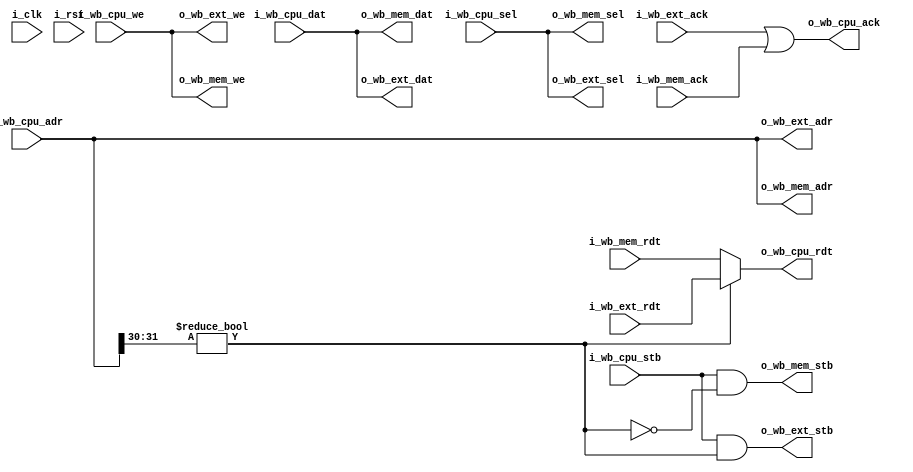
// This program was cloned from: https://github.com/olofk/tt07test
// License: Apache License 2.0

/*
 * servile_mux.v : Simple Wishbone mux for the servile convenience wrapper.
 *
 * SPDX-FileCopyrightText: 2024 Olof Kindgren <olof.kindgren@gmail.com>
 * SPDX-License-Identifier: Apache-2.0
 */

module servile_mux
  #(parameter [0:0]  sim = 1'b0, //Enable simulation features
    parameter [31:0] sim_sig_adr = 32'h80000000,
    parameter [31:0] sim_halt_adr = 32'h90000000)
   (
    input wire	       i_clk,
    input wire	       i_rst,

    input wire [31:0]  i_wb_cpu_adr,
    input wire [31:0]  i_wb_cpu_dat,
    input wire [3:0]   i_wb_cpu_sel,
    input wire	       i_wb_cpu_we,
    input wire	       i_wb_cpu_stb,
    output wire [31:0] o_wb_cpu_rdt,
    output wire	       o_wb_cpu_ack,

    output wire [31:0] o_wb_mem_adr,
    output wire [31:0] o_wb_mem_dat,
    output wire [3:0]  o_wb_mem_sel,
    output wire	       o_wb_mem_we,
    output wire	       o_wb_mem_stb,
    input wire [31:0]  i_wb_mem_rdt,
    input wire	       i_wb_mem_ack,

    output wire [31:0] o_wb_ext_adr,
    output wire [31:0] o_wb_ext_dat,
    output wire [3:0]  o_wb_ext_sel,
    output wire	       o_wb_ext_we,
    output wire	       o_wb_ext_stb,
    input wire [31:0]  i_wb_ext_rdt,
    input wire	       i_wb_ext_ack);

   wire		       sig_en;
   wire		       halt_en;
   reg		       sim_ack;

   wire		       ext = (i_wb_cpu_adr[31:30] != 2'b00);

   assign o_wb_cpu_rdt = ext ? i_wb_ext_rdt : i_wb_mem_rdt;
   assign o_wb_cpu_ack = i_wb_ext_ack | i_wb_mem_ack | sim_ack;

   assign o_wb_mem_adr = i_wb_cpu_adr;
   assign o_wb_mem_dat = i_wb_cpu_dat;
   assign o_wb_mem_sel = i_wb_cpu_sel;
   assign o_wb_mem_we  = i_wb_cpu_we;
   assign o_wb_mem_stb = i_wb_cpu_stb & !ext & !(sig_en|halt_en);

   assign o_wb_ext_adr = i_wb_cpu_adr;
   assign o_wb_ext_dat = i_wb_cpu_dat;
   assign o_wb_ext_sel = i_wb_cpu_sel;
   assign o_wb_ext_we  = i_wb_cpu_we;
   assign o_wb_ext_stb = i_wb_cpu_stb & ext & !(sig_en|halt_en);

   generate
      if (sim) begin

	 assign sig_en  = |f & i_wb_cpu_we & (i_wb_cpu_adr == sim_sig_adr);
	 assign halt_en = i_wb_cpu_we & (i_wb_cpu_adr == sim_halt_adr);

	 reg [1023:0] signature_file;
	 integer      f = 0;

	 initial
	   /* verilator lint_off WIDTH */
	   if ($value$plusargs("signature=%s", signature_file)) begin
	      $display("Writing signature to %0s", signature_file);
	      f = $fopen(signature_file, "w");
	   end
	 /* verilator lint_on WIDTH */

	 always @(posedge i_clk) begin
	    sim_ack <= 1'b0;
	    if (i_wb_cpu_stb & !sim_ack) begin
	       sim_ack <= sig_en|halt_en;
	       if (sig_en & (f != 0))
		 $fwrite(f, "%c", i_wb_cpu_dat[7:0]);
	       else if(halt_en) begin
		  $display("Test complete");
		  $finish;
	       end
	    end
	    if (i_rst)
	      sim_ack <= 1'b0;
	 end
      end else begin
	 assign sig_en = 1'b0;
	 assign halt_en = 1'b0;
	 initial sim_ack = 1'b0;
	 //always @(*) sim_ack = 1'b0;
      end
   endgenerate

endmodule